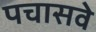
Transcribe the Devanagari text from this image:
पचासवे